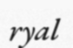
ryal